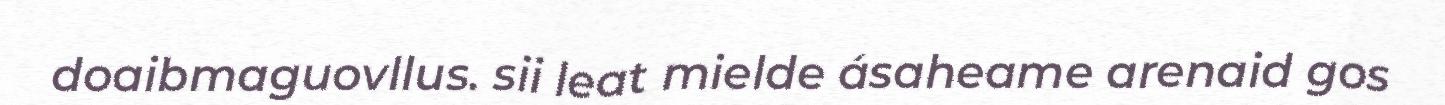
doaibmaguovllus. sii leat mielde ásaheame arenaid gos